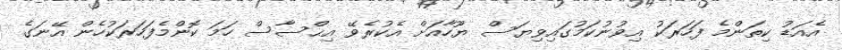
އެއަޑު ކިތަންމެ ފަހަރަކު އިވުނުކަމުގައިވިޔަސް ޔޫހާއަށް އެކުރެވޭ އިޙްސާސް ހަމަ ކޮންމެފަހަރަކުހެން އޭނަގެ